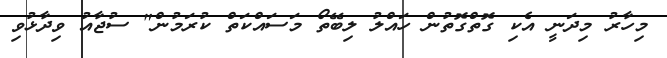
މިހާރު މިދަނީ އެކި ގޮތްގޮތުން ހައްލު ލިބޭތޯ މަސައްކަތް ކުރަމުން" ސުޖާއު ވިދާޅުވި